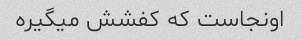
اونجاست که کفشش میگیره